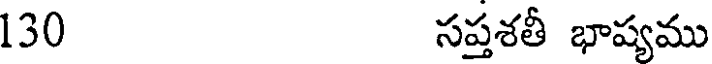
130 సప్తశతీ భాష్యము